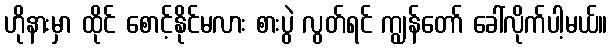
ဟိုနားမှာ ထိုင် စောင့်နိုင်မလား စားပွဲ လွတ်ရင် ကျွန်တော် ခေါ်လိုက်ပါ့မယ်။